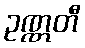
ဥဏ္ဏတီ